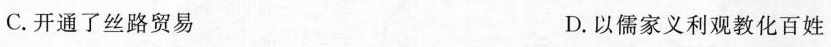
C.开通了丝路贸易 D.以儒家义利观教化百姓